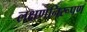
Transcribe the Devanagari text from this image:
लक्षणनिरूपण